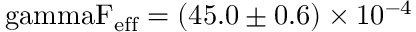
\mathrm { \ g a m m a F _ { \mathrm { e f f } } = ( 4 5 . 0 \pm 0 . 6 ) \times 1 0 ^ { - 4 } }